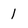
Character: 1